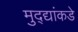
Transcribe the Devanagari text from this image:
मुद्‍द्यांकडे